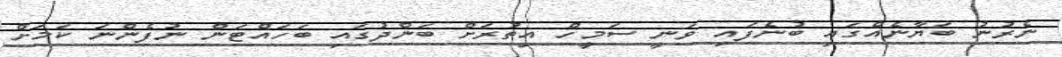
ނެރުނު ބަޔާނެއްގައި ބުނެފައި ވަނީ ސަމީހް އިތުރަށް ބަންދުގައި ބަަހައްޓަން ނުފެންނަ ކަމަށް